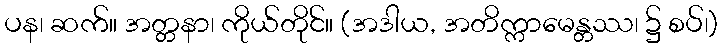
ပန၊ ဆက်။ အတ္တနာ၊ ကိုယ်တိုင်။ (အဒါယ, အတိက္ကာမေန္တဿ၊ ၌ စပ်၊)